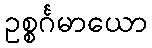
ဥစ္စင်္ဂမာယော